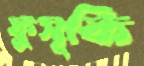
ফুসূকি